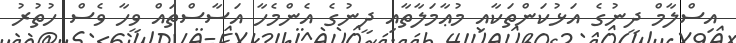
އިސްލާމް ދީނުގެ އަޅުކަންތަކާއި މުޢާމަލާތާއި ދީނުގެ އެންމެހާ އަސާސްތައް ވީހާ ވެސް ހުތުރު